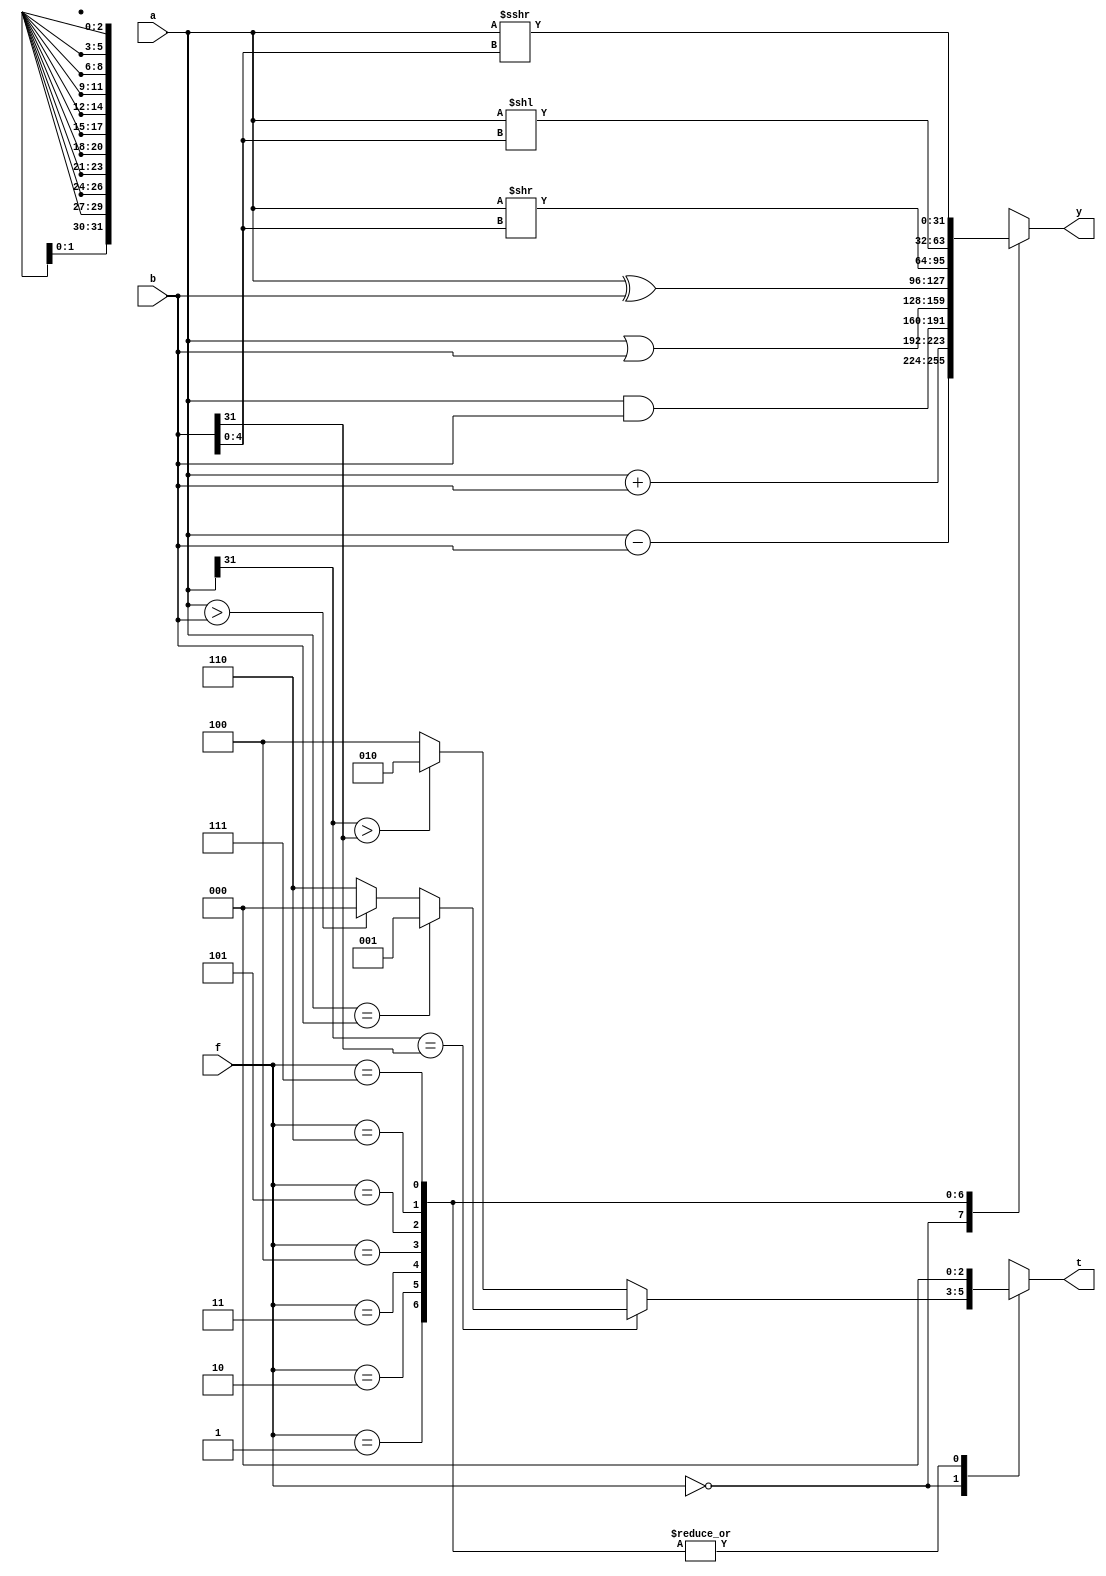
`timescale 1ns / 1ps
//////////////////////////////////////////////////////////////////////////////////
// Company: 
// Engineer: 
// 
// Design Name: 
// Module Name: 123
// Project Name: 
// Target Devices: 
// Tool Versions: 
// Description: 
// 
// Dependencies: 
// 
// Revision:
// Revision 0.01 - File Created
// Additional Comments:
// 
//////////////////////////////////////////////////////////////////////////////////


module ALU #(
parameter WIDTH = 32     //
)(
input signed [WIDTH-1:0] a, b,       //
input [2:0] f,                      //
output reg [WIDTH-1:0] y,     //
output reg [2:0] t                     //
);

always@(*)begin
    case (f)
        3'b000: begin
            y = a - b;
            if(a[WIDTH-1] == b[WIDTH - 1])begin
                if(a == b) 
                    t = 3'b001;
                else
                    t = (a>b)?3'b000:3'b110;
            end
            else 
                t = (a[WIDTH-1] > b[WIDTH-1])?3'b010:3'b100;
        end
        3'b001: begin
            y = a + b;
            t = 3'b000;
        end
        3'b010: begin
            y = a & b;
            t = 3'b000;
        end
        3'b011: begin
            y = a | b;
            t = 3'b000;
        end
        3'b100: begin
            y = a ^ b;
            t = 3'b000;
        end
        3'b101: begin
            y = a >> b[4:0];
            t = 3'b000;
        end
        3'b110: begin
            y = a << b[4:0];
            t = 3'b000;
        end
        3'b111: begin
            y = a >>> b[4:0];
            t = 3'b000;
        end 
    endcase

end

endmodule